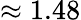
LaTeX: \approx 1.48